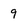
Character: 9